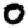
Digit: 0